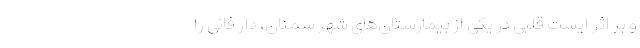
و بر اثر ایست قلبی در یکی از بیمارستان‌های شهر سمنان، دار فانی را